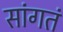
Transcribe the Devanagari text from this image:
सांगतं